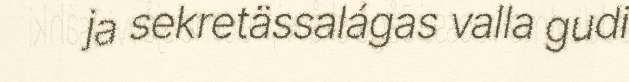
ja sekretässalágas valla gudi